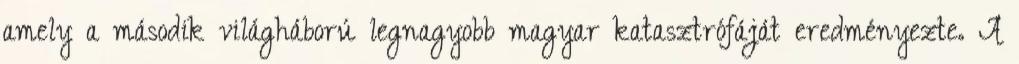
amely a második világháború legnagyobb magyar katasztrófáját eredményezte. A